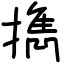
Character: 擕